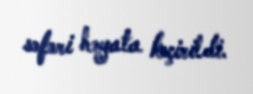
səfəri həyata keçirildi.